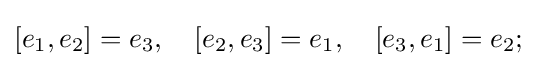
[e_{1},e_{2}]=e_{3},\quad [e_{2},e_{3}]=e_{1},\quad [e_{3},e_{1}]=e_{2};